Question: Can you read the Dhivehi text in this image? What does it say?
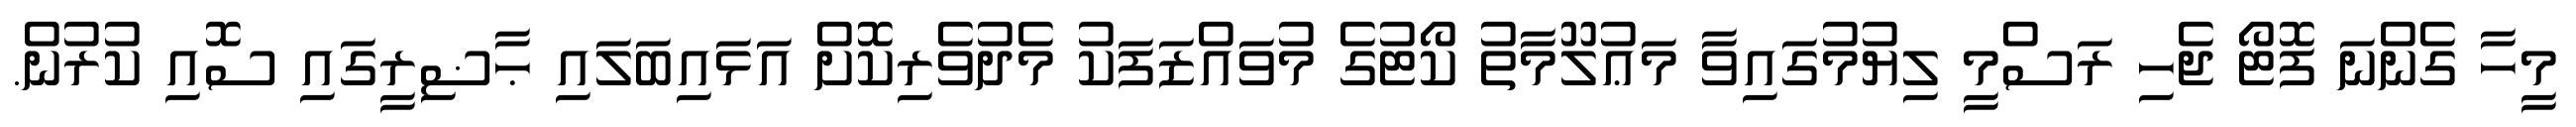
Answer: މީހާ ގެންނަ ފޮޓޯ ޖެހި ރަސްމީ ލިޔުމުގައިވާ މަޢުލޫމާތު ކޯޓުގެ މުވައްޒަފަކު މެދުވެރިކޮށް އަޅައިބަލައި ޙާޟިރީގައި ސޮއި ކުރުން.